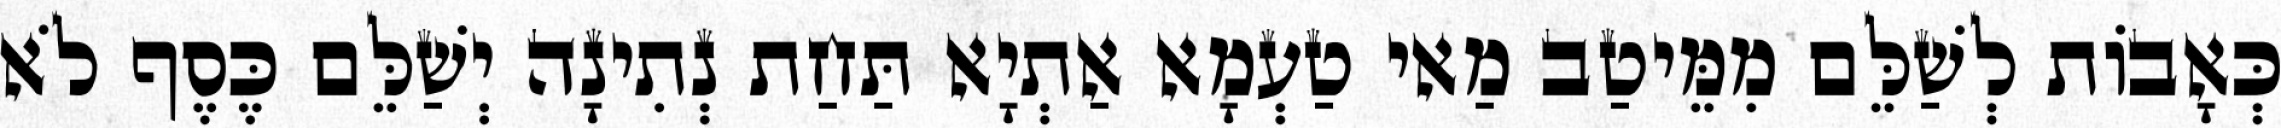
כְּאָבוֹת לְשַׁלֵּם מִמֵּיטַב מַאי טַעְמָא אַתְיָא תַּחַת נְתִינָה יְשַׁלֵּם כֶּסֶף לֹא